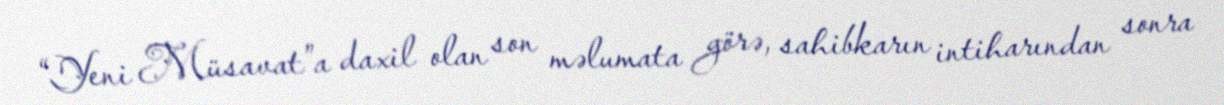
“Yeni Müsavat”a daxil olan son məlumata görə, sahibkarın intiharından sonra